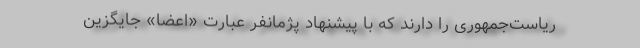
ریاست‌جمهوری را دارند که با پیشنهاد پژمانفر عبارت «اعضا» جایگزین